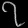
Digit: ၇